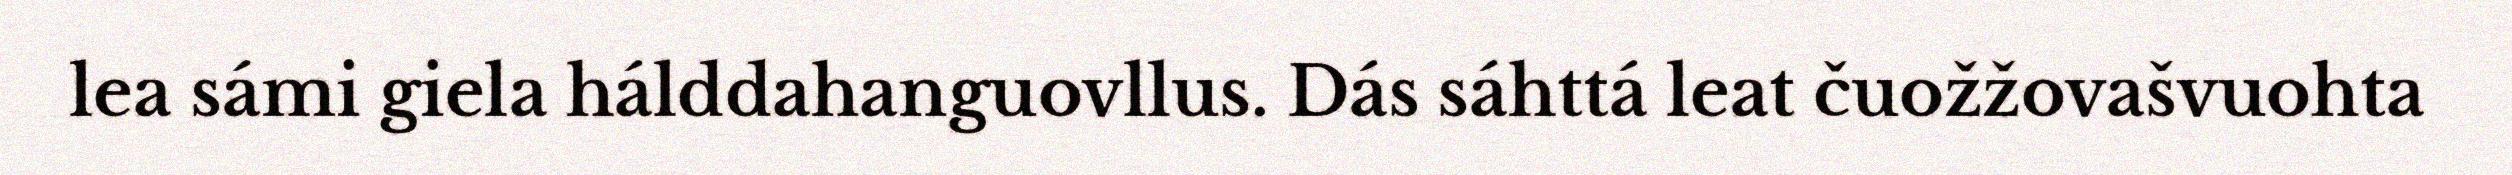
lea sámi giela hálddahanguovllus. Dás sáhttá leat čuožžovašvuohta